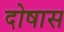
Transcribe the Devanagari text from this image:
दोषास